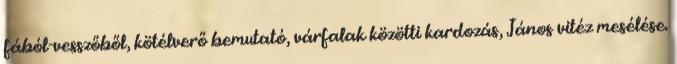
fából-vesszőből, kötélverő bemutató, várfalak közötti kardozás, János vitéz mesélése.